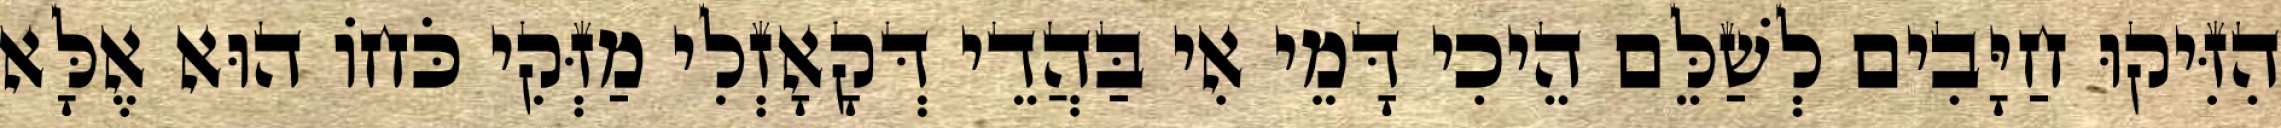
הִזִּיקוּ חַיָּבִים לְשַׁלֵּם הֵיכִי דָּמֵי אִי בַּהֲדֵי דְּקָאָזְלִי מַזְּקִי כֹּחוֹ הוּא אֶלָּא